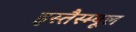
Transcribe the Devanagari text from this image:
इस्तैस्म्यूल